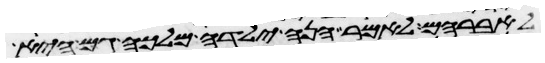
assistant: לאברהם לאמר הנה ילדה מלכה גם היא